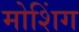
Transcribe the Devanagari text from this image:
मोशिंग